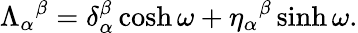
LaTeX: \Lambda_{\alpha}{}^{\beta}=\delta_{\alpha}^{\beta}\cosh\omega+\eta_{\alpha}{}^{\beta}\sinh\omega.